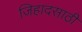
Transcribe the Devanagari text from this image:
जिहादसाठी